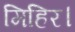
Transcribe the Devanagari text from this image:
मिहिर।